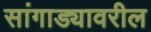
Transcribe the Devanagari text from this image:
सांगाड्यावरील